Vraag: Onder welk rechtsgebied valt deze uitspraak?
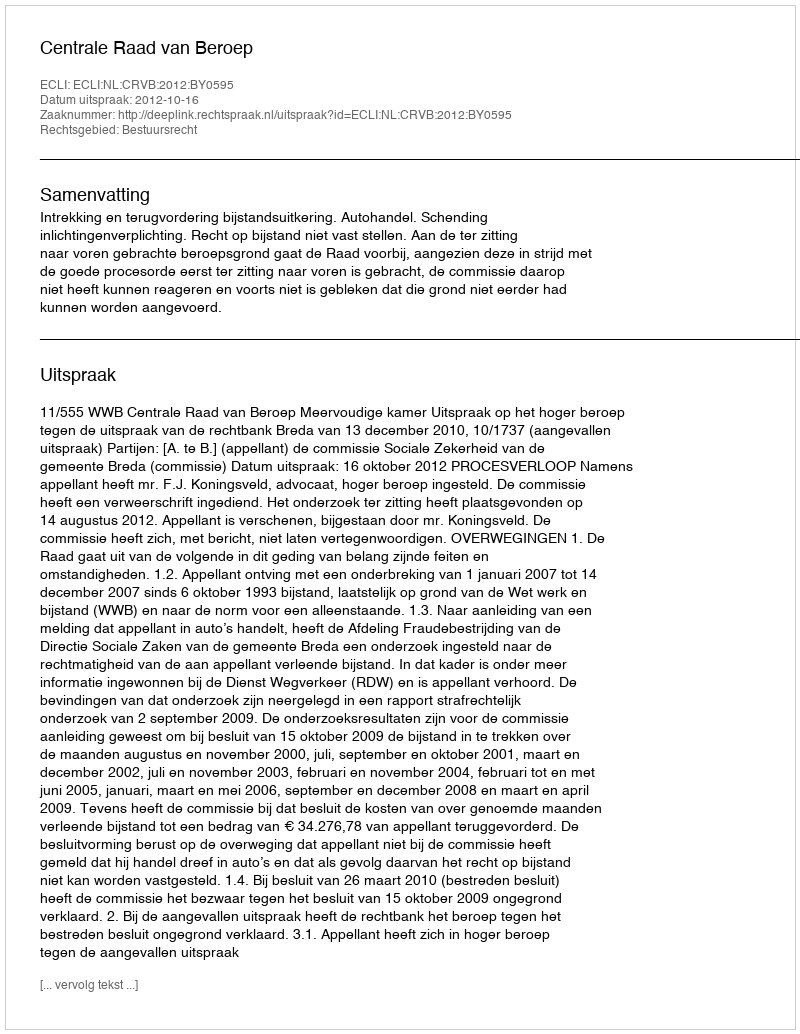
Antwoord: Bestuursrecht